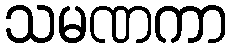
သမဏကာ